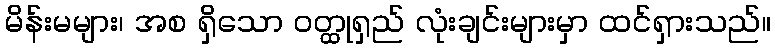
မိန်းမများ၊ အစ ရှိသော ဝတ္ထုရှည် လုံးချင်းများမှာ ထင်ရှားသည်။